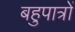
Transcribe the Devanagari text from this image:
बहुपात्रों